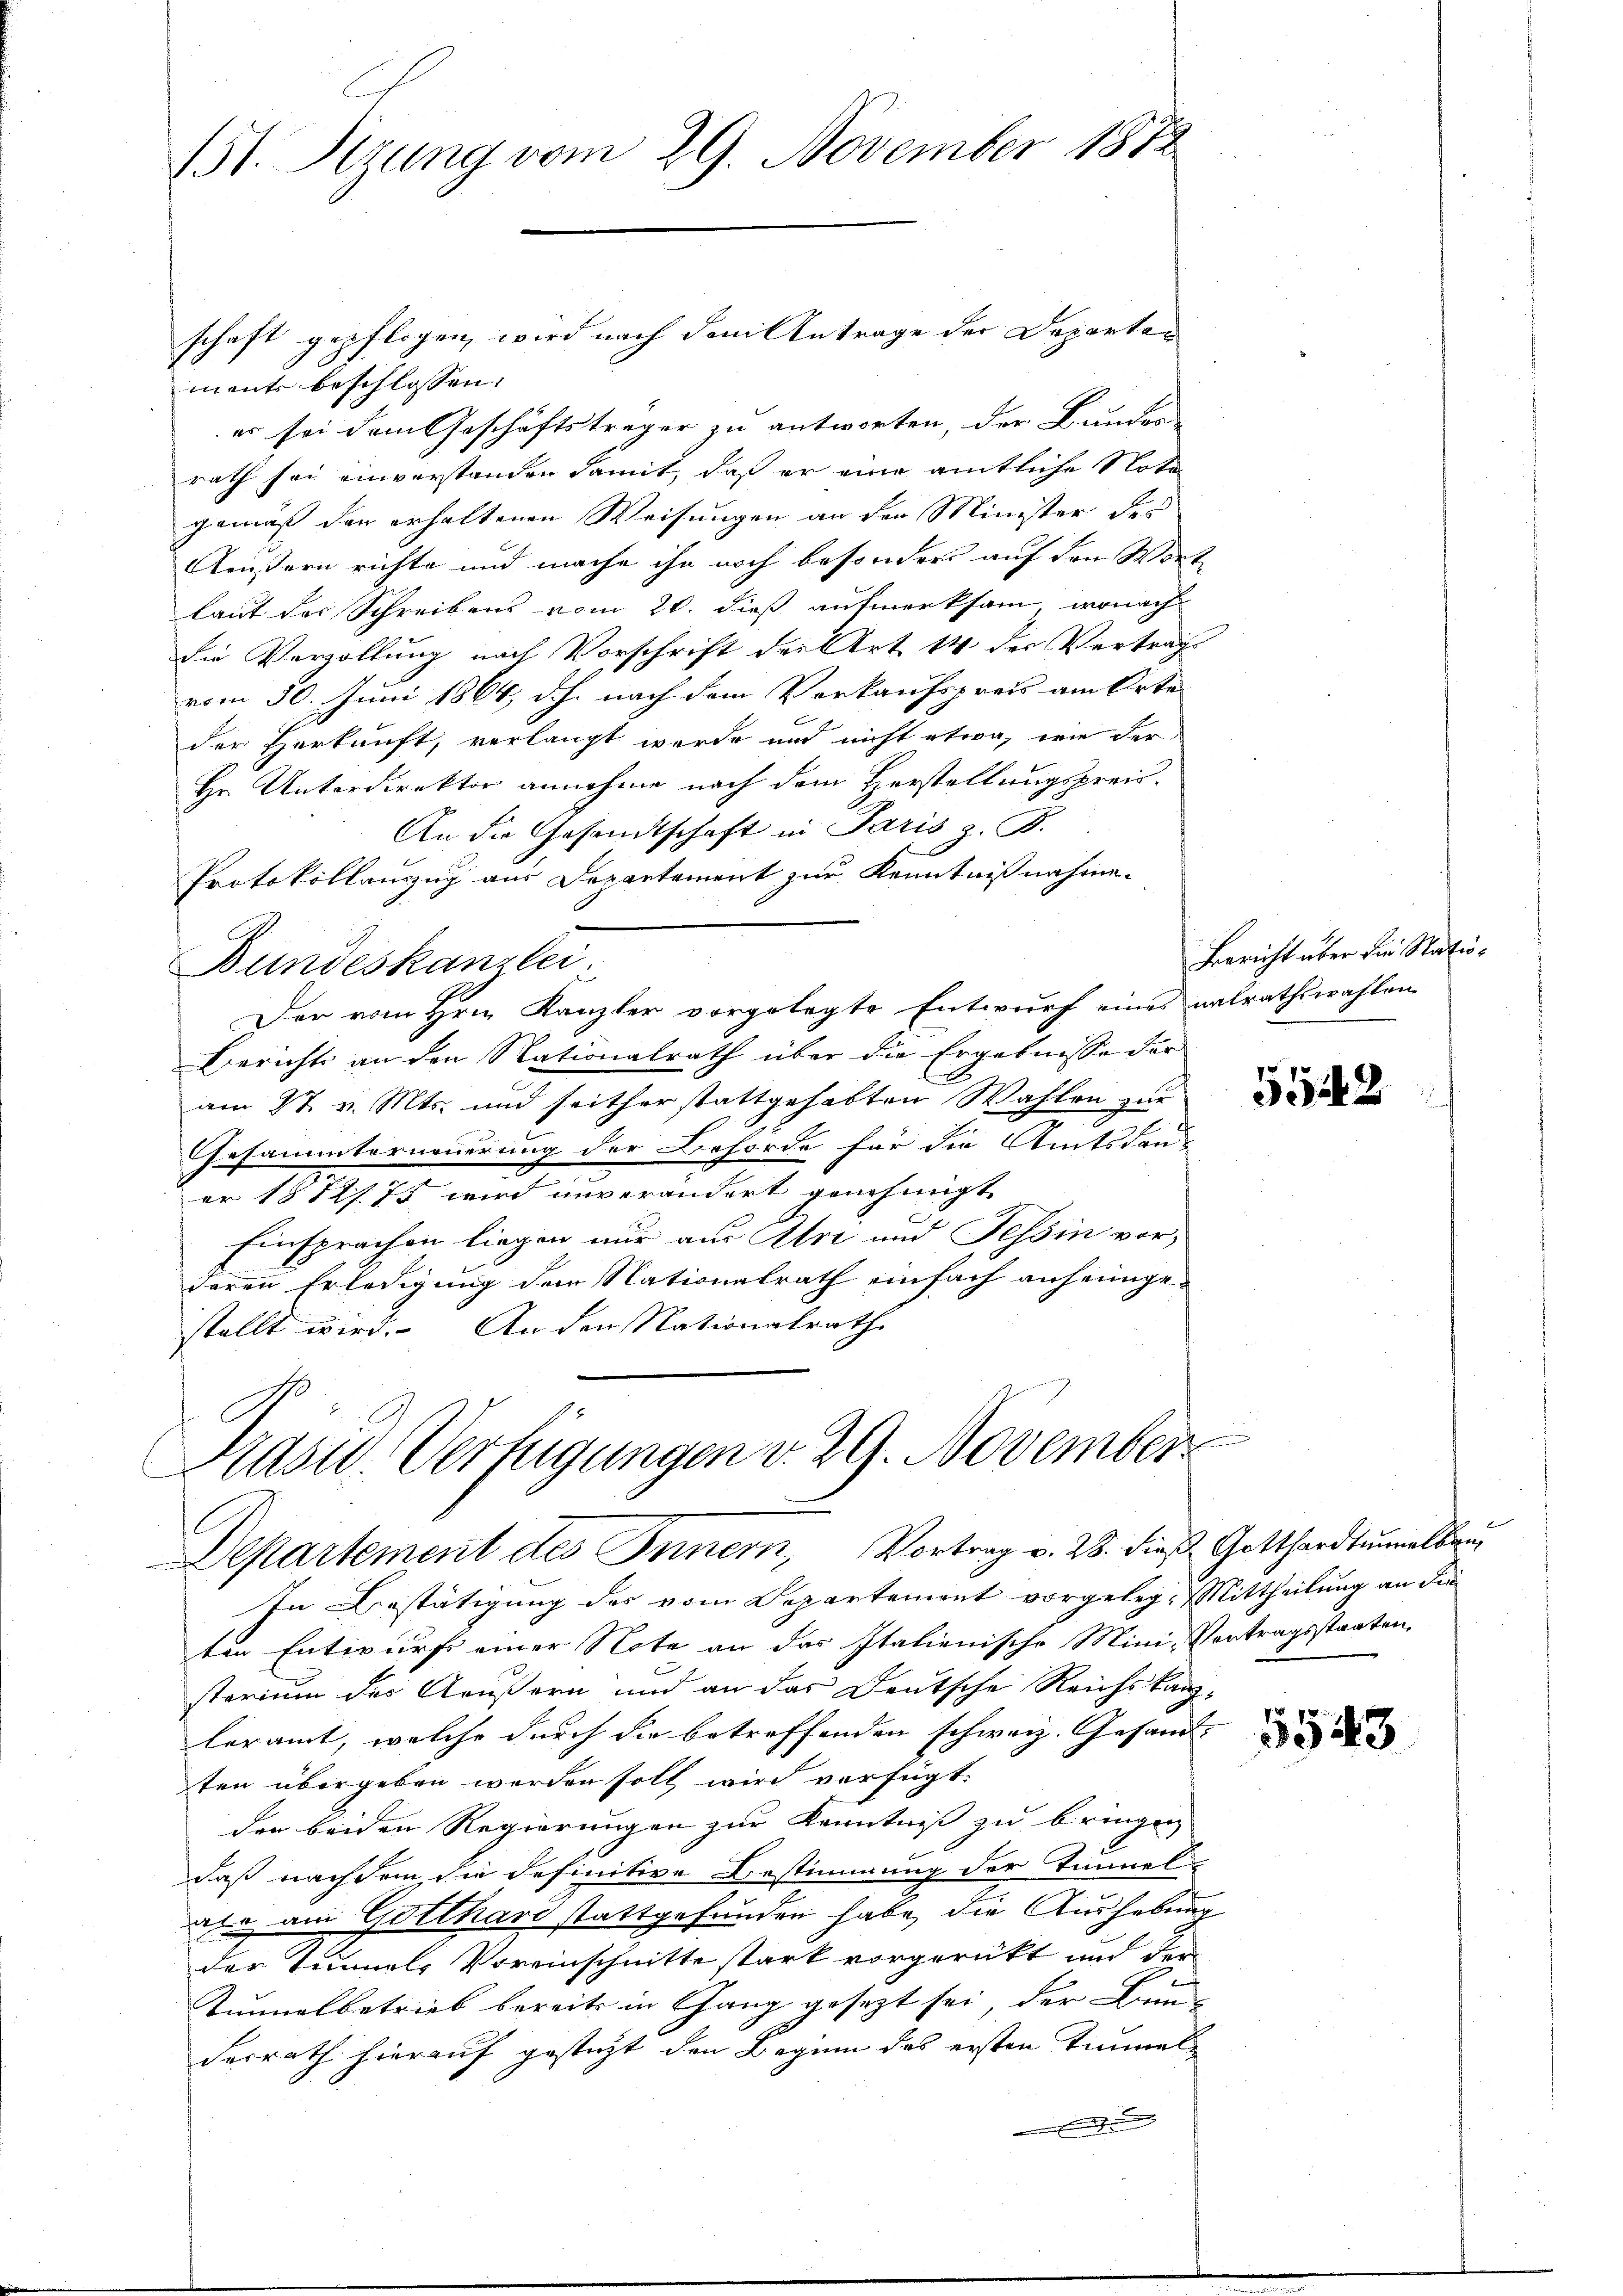
151. Sizung vom 29. November 1872

schaft gepflogen, wird nach dem Antrage der Departen
mante beschlossen:
er sei dem Geschäftsträger zu antworten, der Bunder-
rath sei einverstanden damit, daß er eine amtliche Note
gemäß den erhaltenen Weisungen an der Minister des
Aeußern richte und mache ihn noch besonders auf den Wort
laut der Schreibens vom 20. dieß aufmerksam, wonach
die Verzöllung nach Vorschrift der Art 14 der Vertrag
vom 30. Juni 1864, d.h. nach dem Verkaufspreis am Orte
der Herkunft, verlangt werde und nicht etwa, wie der
Hr. Unterdirektor annehme nach dem Herstellungsprei¬
An die Gesandtschaft in Paris z. B.
Protokollauszug aus Departement zur Kenntnißnahme.
Bundeskanzlei.
Der vom Hrn. Kanzler vorgelegte Entwurf eines nalrathswahlen
Berichts an den Nationalrath über die Ergebnisse der
am 27. v. Mts. und seither stattgehabten Wahlen zur
Gesammterneuerung der Behörde für die Amtsdauer 1872/73 wird unverändert genehmigt
Einsprachen liegen nur aus Uri und Tessin vor,
deren Erledigung dem Nationalrath einfach anheimgestellt wird. An den Nationalrath

Prasio Verfügungen v. 29. November
Departement des Innern, Vortrag v. 28. dieβ Gotthardtŭmalberg

In Bestätigung des vom Departement vorgelege Mittheilung an die
ten Entwurf einer Note an das Italienische Mini- Vertragsstaaten.
sterium des Aeußern und an das Deutsche Reichskanzleramt, welche durch die betreffenden schweiz. Gesandten übergeben werden soll wird verfügt:
den beiden Regierungen zur Kenntniß zu bringen
daß nachdem die definitive Bestimmung der Tunnel-
ale am Gotthard stattgefunden habe, die Aushebung
der Tunnel, Voreinschnitte stark vorgerückt und der
Tunnel betrieb bereits in Gang gesezt sei, der Lein
derrath hierauf gesteht den Beginn das ersten Zimmel¬

Bericht über die Natio¬

5542